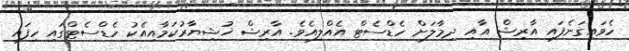
ހެވައިގަނެފައި އާރިޝް އާއި ދިމާލަށް ހެޑްސެޓް އެއްލިއެވެ. އާރިޝް ޚުޝިޔާރުކަމާއިއެކު ހެޑްސެޓްގައި ހިފައި